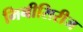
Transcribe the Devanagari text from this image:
मिनीसिरीज